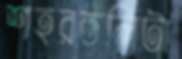
শহরতলিটা